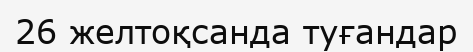
26 желтоқсанда туғандар